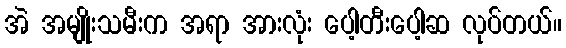
အဲ အမျိုးသမီးက အရာ အားလုံး ပေါ့တီးပေါ့ဆ လုပ်တယ်။